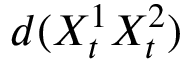
d ( X _ { t } ^ { 1 } X _ { t } ^ { 2 } )